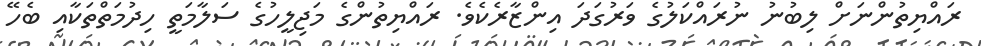
ރައްޔިތުންނަށް ލިބުނު ނުރައްކަލުގެ ވަރުގަދަ އިންޒާރެކެވެ. ރައްޔިތުންގެ މަޖިލީހުގެ ސަލާމަތީ ހިދުމަތްތަކާއި ބެހޭ